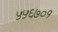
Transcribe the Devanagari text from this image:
५५६७०१